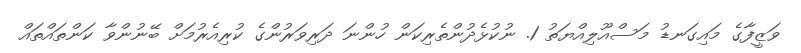
ވަޒީފާގެ މައިގަނޑު މަސްއޫލިއްޔަތު 1. ނުކުޅެދުންތެރިކަން ހުންނަ ދަރިވަރުންގެ ކުރިއެރުމަށް ބޭނުންވާ ކަންތައްތައް